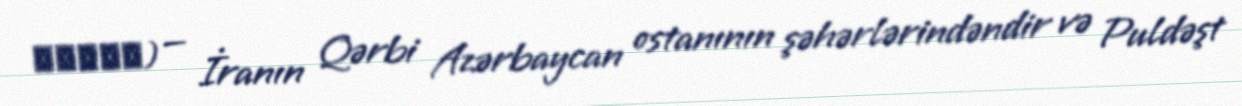
پلدشت) — İranın Qərbi Azərbaycan ostanının şəhərlərindəndir və Puldəşt